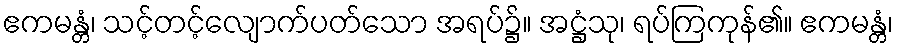
ဧကမန္တံ၊ သင့်တင့်လျောက်ပတ်သော အရပ်၌။ အဋ္ဌံသု၊ ရပ်ကြကုန်၏။ ဧကမန္တံ၊